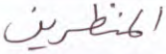
المنظرين